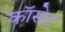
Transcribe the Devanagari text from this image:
कॉसेट